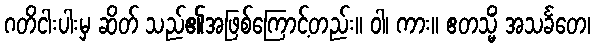
ဂတိငါးပါးမှ ဆိတ် သည်၏အဖြစ်ကြောင့်တည်း။ ဝါ၊ ကား။ ဧတသ္မိံ အသင်္ခတေ၊